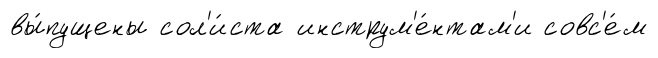
вы́пущены сол'и́ста инструм'е́нтам'и совс'е́м